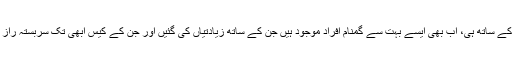
اس کے ساتھ ہی، اب بھی ایسے بہت سے گمنام افراد موجود ہیں جن کے ساتھ زیادتیاں کی گئیں اور جن کے کیس ابھی تک سربستہ راز ہیں۔